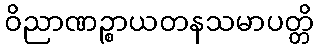
ဝိညာဏဉ္စာယတနသမာပတ္တိ